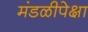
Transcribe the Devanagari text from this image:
मंडळीपेक्षा